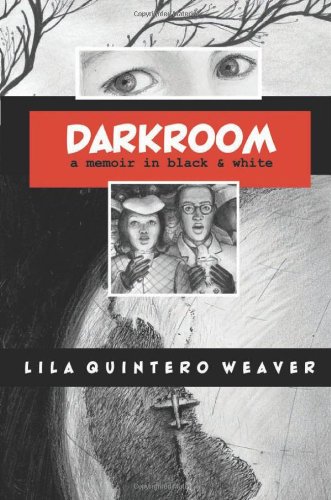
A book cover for Darkroom: A Memoir in Black and White; Lila Quintero Weaver; Comics & Graphic Novels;